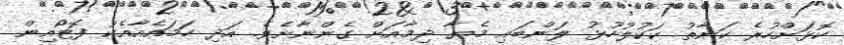
ކޮޅަށްހުރެ ކަނާތު ކަކުލުހުޅު ލަންބައި މެޔާ ދިމާއަށް ގެންނާށެވެ. އަދި ހަމައެއާއެކު ފޮޓޯއިން